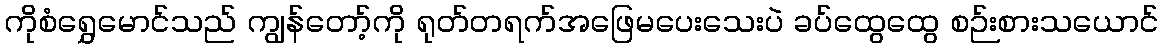
ကိုစံရွှေမောင်သည် ကျွန်တော့်ကို ရုတ်တရက်အဖြေမပေးသေးပဲ ခပ်ထွေထွေ စဉ်းစားသယောင်